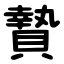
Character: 贄